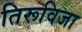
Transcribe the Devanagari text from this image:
तिरूविजा